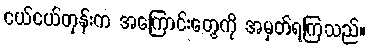
ငယ်ငယ်တုန်းက အကြောင်းတွေကို အမှတ်ရကြသည်။